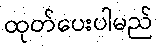
ထုတ်ပေးပါမည်